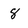
Character: 8